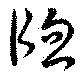
牎